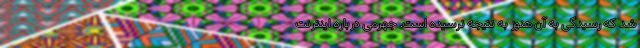
شد که رسیدگی به آن هنوز به نتیجه نرسیده است. جهرمی درباره اینترنت